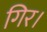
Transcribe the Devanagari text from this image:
गिर।